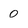
Character: 0